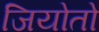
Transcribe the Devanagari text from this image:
जियोतो